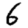
Digit: 6